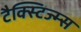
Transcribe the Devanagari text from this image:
टैक्स्टिज्म्स